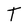
Character: T